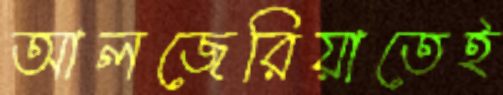
আলজেরিয়াতেই